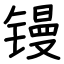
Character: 镘